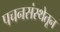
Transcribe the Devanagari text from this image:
पचनसंस्थेतून